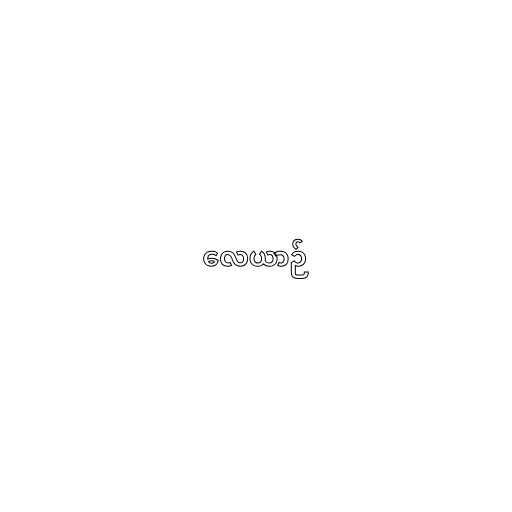
လေယာဉ်